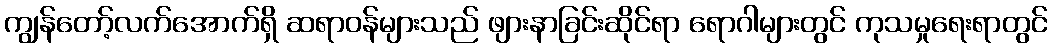
ကျွန်တော့်လက်အောက်ရှိ ဆရာဝန်များသည် ဖျားနာခြင်းဆိုင်ရာ ရောဂါများတွင် ကုသမှုရေးရာတွင်